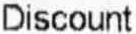
DISCOUNT